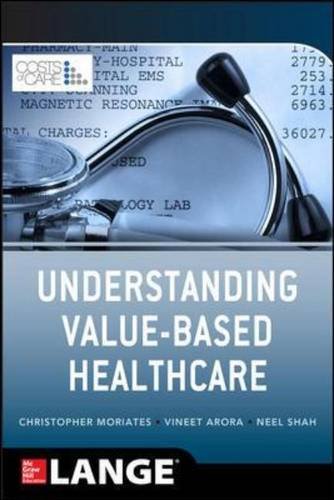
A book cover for Understanding Value Based Healthcare; Christopher Moriates; Medical Books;